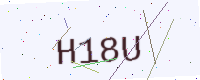
Text: H18U